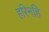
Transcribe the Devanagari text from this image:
हरिनहि